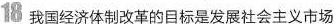
18 我国经济体制改革的目标是发展社会主义市场